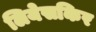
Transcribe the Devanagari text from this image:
लियेसकिर